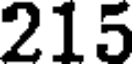
215